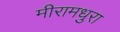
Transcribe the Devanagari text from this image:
मीरामधुरा